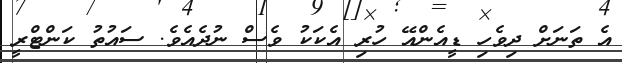
އެ ތަނަށް ދިވެހި ޑީއެންއޭ ހުރި އެކަކު ވެސް ނުދެެއެވެ. ސައުތު ކަންޓްރީ